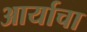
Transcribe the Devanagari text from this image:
आर्याचा